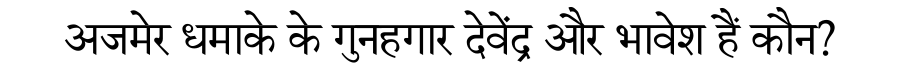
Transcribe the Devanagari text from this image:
अजमेर धमाके के गुनहगार देवेंद्र और भावेश हैं कौन?